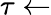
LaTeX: \tau\gets